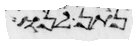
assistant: נתן לנו